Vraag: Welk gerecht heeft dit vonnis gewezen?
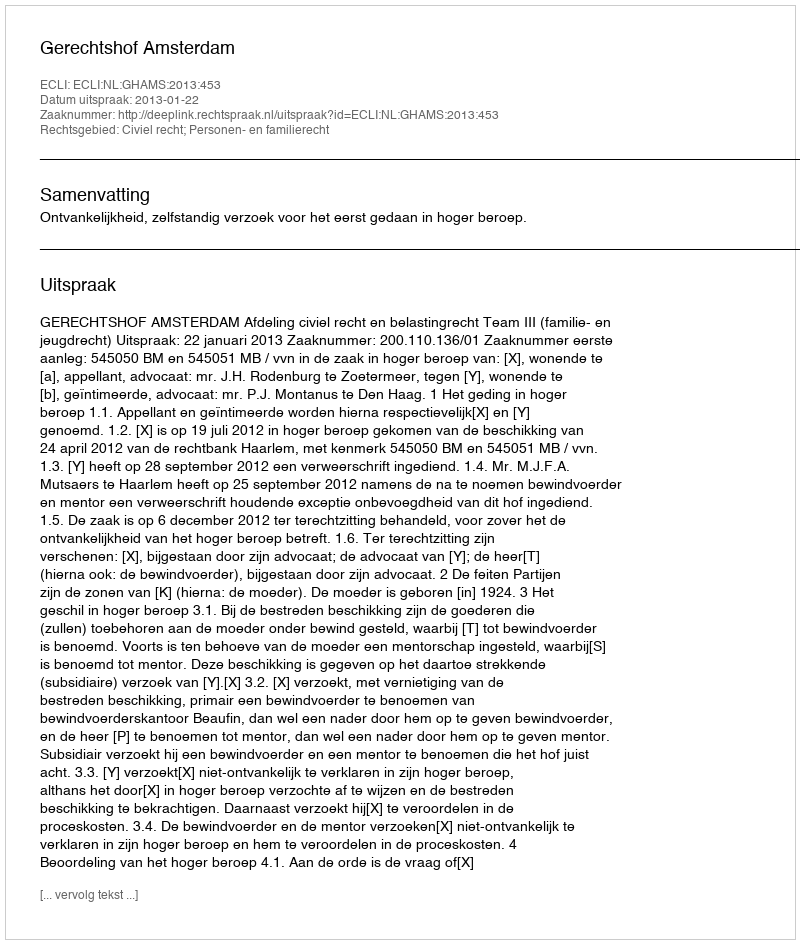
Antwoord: Gerechtshof Amsterdam